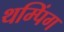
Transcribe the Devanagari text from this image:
थम्पिंग